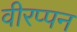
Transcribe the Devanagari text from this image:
वीरप्पन